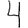
Digit: 4